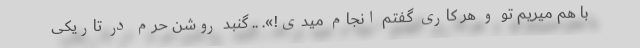
با هم میریم تو و هر کاری گفتم انجام میدی!». .. گنبد روشن حرم در تاریکی